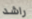
راشد